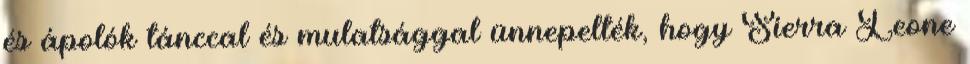
és ápolók tánccal és mulatsággal ünnepelték, hogy Sierra Leone